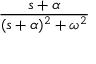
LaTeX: \frac { s + \alpha } { ( s + \alpha ) ^ { 2 } + \omega ^ { 2 } }